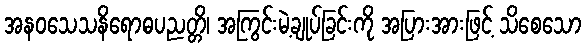
အနဝသေသနိရောဓပညတ္တိ၊ အကြွင်းမဲ့ချုပ်ခြင်းကို အပြားအားဖြင့် သိစေသော